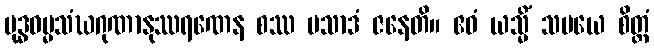
ဗုဒ္ဓဓမ္မသံဃဂုဏာနုဿရဏေန စဿ ပသာဒံ ဇနေတိ။ ဧဝံ ယသ္မိံ သမယေ စိတ္တံ